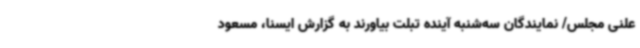
علنی مجلس/ نمایندگان سه‌شنبه آینده تبلت بیاورند به گزارش ایسنا، مسعود